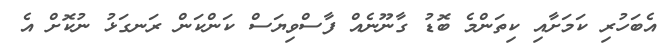
އެބަހުރި ކަމަށާއި ކިތަންމެ ބޮޑު ގާނޫނެއް ފާސްވިޔަސް ކަންކަން ރަނގަޅު ނުކޮށް އެ